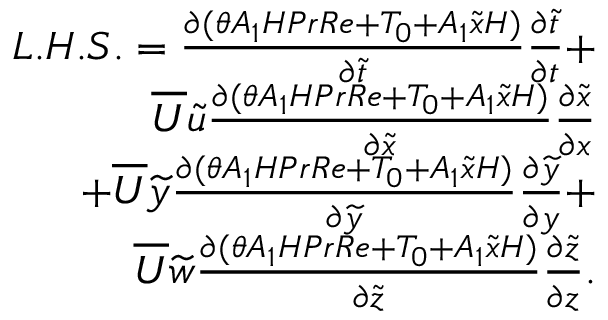
\begin{array} { r } { L . H . S . = { \frac { \partial ( \theta A _ { 1 } H P r R e + T _ { 0 } + A _ { 1 } \widetilde { x } H ) } { \partial \widetilde { t } } } { \frac { \partial \widetilde { t } } { \partial t } } + } \\ { \overline { { U } } \widetilde { u } { \frac { \partial ( \theta A _ { 1 } H P r R e + T _ { 0 } + A _ { 1 } \widetilde { x } H ) } { \partial \widetilde { x } } } { \frac { \partial \widetilde { x } } { \partial x } } } \\ { + \overline { { U } } \widetilde { y } { \frac { \partial ( \theta A _ { 1 } H P r R e + T _ { 0 } + A _ { 1 } \widetilde { x } H ) } { \partial \widetilde { y } } } { \frac { \partial \widetilde { y } } { \partial y } } + } \\ { \overline { { U } } \widetilde { w } { \frac { \partial ( \theta A _ { 1 } H P r R e + T _ { 0 } + A _ { 1 } \widetilde { x } H ) } { \partial \widetilde { z } } } { \frac { \partial \widetilde { z } } { \partial z } } . } \end{array}